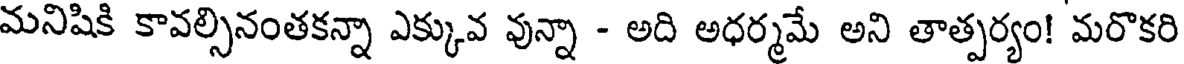
మనిషికి కావల్సినంతకన్నా ఎక్కువ వున్నా - అది అధర్మమే అని తాత్పర్యం! మరొకరి